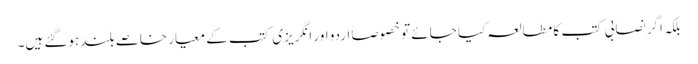
بلکہ اگر نصابی کتب کا مطالعہ کیا جائے تو خصوصاً اردو اور انگریزی کتب کے معیار خاصے بلند ہوگئے ہیں۔